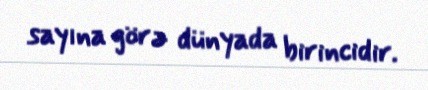
sayına görə dünyada birincidir.